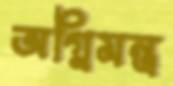
অগ্নিমন্ত্র